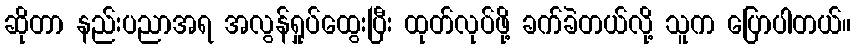
ဆိုတာ နည်းပညာအရ အလွန်ရှုပ်ထွေးပြီး ထုတ်လုပ်ဖို့ ခက်ခဲတယ်လို့ သူက ပြောပါတယ်။